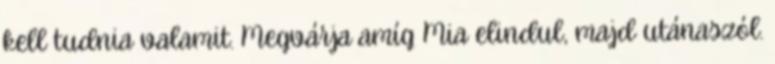
kell tudnia valamit. Megvárja amíg Mia elindul, majd utánaszól.